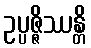
ဥပ္ပဇ္ဇိဿန္တိ